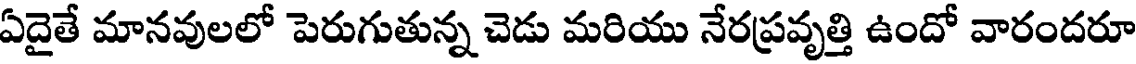
ఏదైతే మానవులలో పెరుగుతున్న చెడు మరియు నేరప్రవృత్తి ఉందో వారందరూ